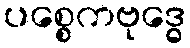
ပစ္စေကဗုဒ္ဓေ